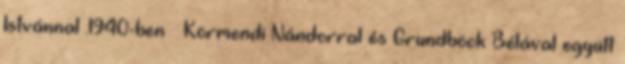
Istvánnal .1940-ben – Körmendi Nándorral és Grundböck Bélával együtt